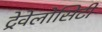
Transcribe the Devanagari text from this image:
ट्रेवेलोसिटी